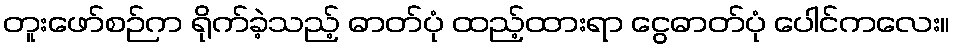
တူးဖော်စဉ်က ရိုက်ခဲ့သည့် ဓာတ်ပုံ ထည့်ထားရာ ငွေဓာတ်ပုံ ပေါင်ကလေး။